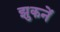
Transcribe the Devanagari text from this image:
झुकनें